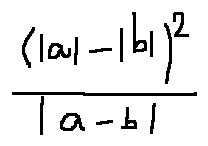
\frac { ( | a | - | b | ) ^ { 2 } } { | a - b | }